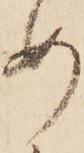
め